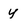
Character: y